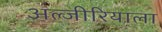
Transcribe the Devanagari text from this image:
अल्जीरियाला